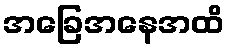
အခြေအနေအထိ